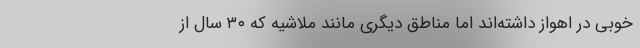
خوبی در اهواز داشته‌اند اما مناطق دیگری مانند ملاشیه که ۳۰ سال از